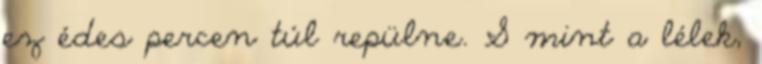
ez édes percen túl repülne. S mint a lélek,